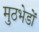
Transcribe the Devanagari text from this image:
मुठभेडों